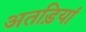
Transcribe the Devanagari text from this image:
अतड़ियां